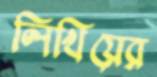
লিখিয়ের